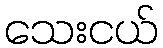
သေးငယ်